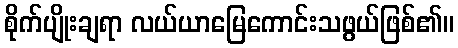
စိုက်ပျိုးချရာ လယ်ယာမြေကောင်းသဖွယ်ဖြစ်၏။